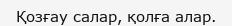
Қозғау салар, қолға алар.